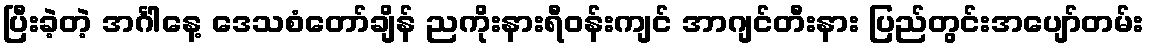
ပြီးခဲ့တဲ့ အင်္ဂါနေ့ ဒေသစံတော်ချိန် ညကိုးနားရီဝန်းကျင် အာဂျင်တီးနား ပြည်တွင်းအပျော်တမ်း